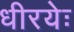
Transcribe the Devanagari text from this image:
धीरयेः